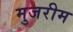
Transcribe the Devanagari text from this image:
मुजरीम